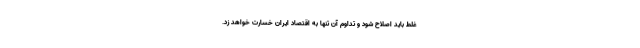
غلط باید اصلاح شود و تداوم آن تنها به اقتصاد ایران خسارت خواهد زد.